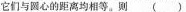
它们与圆心的距离均相等。则 ()